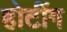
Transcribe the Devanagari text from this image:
होटींग